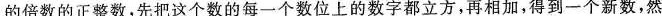
的倍数的正整数，先把这个数的每一个数位上的数字都立方，再相加，得到一个新数，然